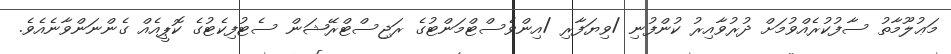
މަޢުލޫމާތު ސާފުކުރެއްވުމަށް ދުރުވާއިރު ކުންފުނި /ވިޔަފާރި /އިންވެސްޓްމަންޓުގެ ރަޖިސްޓްރޭޝަން ސެޓުފިކެޓުގެ ކޮޕީއެއް ގެންނަންވާނެއެވެ.